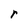
Character: r